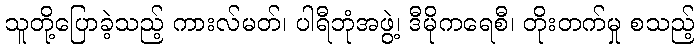
သူတို့ပြောခဲ့သည့် ကားလ်မတ်၊ ပါရီဘုံအဖွဲ့၊ ဒီမိုကရေစီ၊ တိုးတက်မှု စသည့်